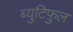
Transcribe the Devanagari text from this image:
ब्युटिफ़ुल